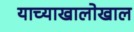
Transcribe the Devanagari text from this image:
याच्याखालोखाल